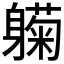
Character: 𬧰